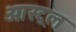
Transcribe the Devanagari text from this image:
आस्ट्रल